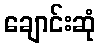
ချောင်းဆုံ